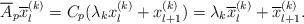
LaTeX: \begin{align*} \overline A_p \overline x_l^{(k)}=C_p (\lambda_kx_l^{(k)} +x_{l+1}^{(k)})= \lambda_k\overline x_l^{(k)} +\overline x_{l+1}^{(k)}.\end{align*}